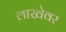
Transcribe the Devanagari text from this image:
लाखेवर